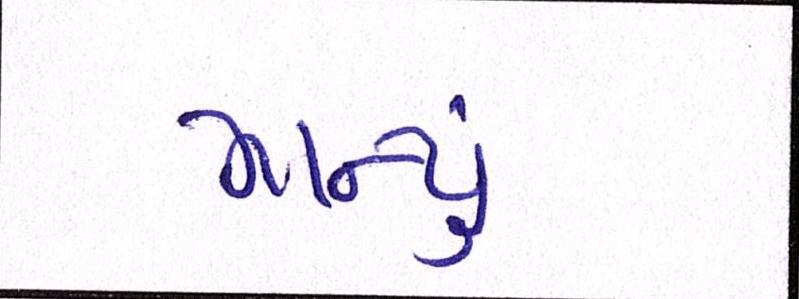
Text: માન્યું